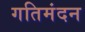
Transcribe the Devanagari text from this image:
गतिमंदन